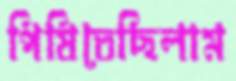
পিষিতেছিলাম